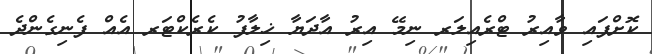
ކޮށްފައި ވާއިރު ޓްރެއިލަރ ނިމޭ އިރު އާދަޔާ ޚިލާފު ކެރެކްޓަރ އެއް ފެނިގެންދެ